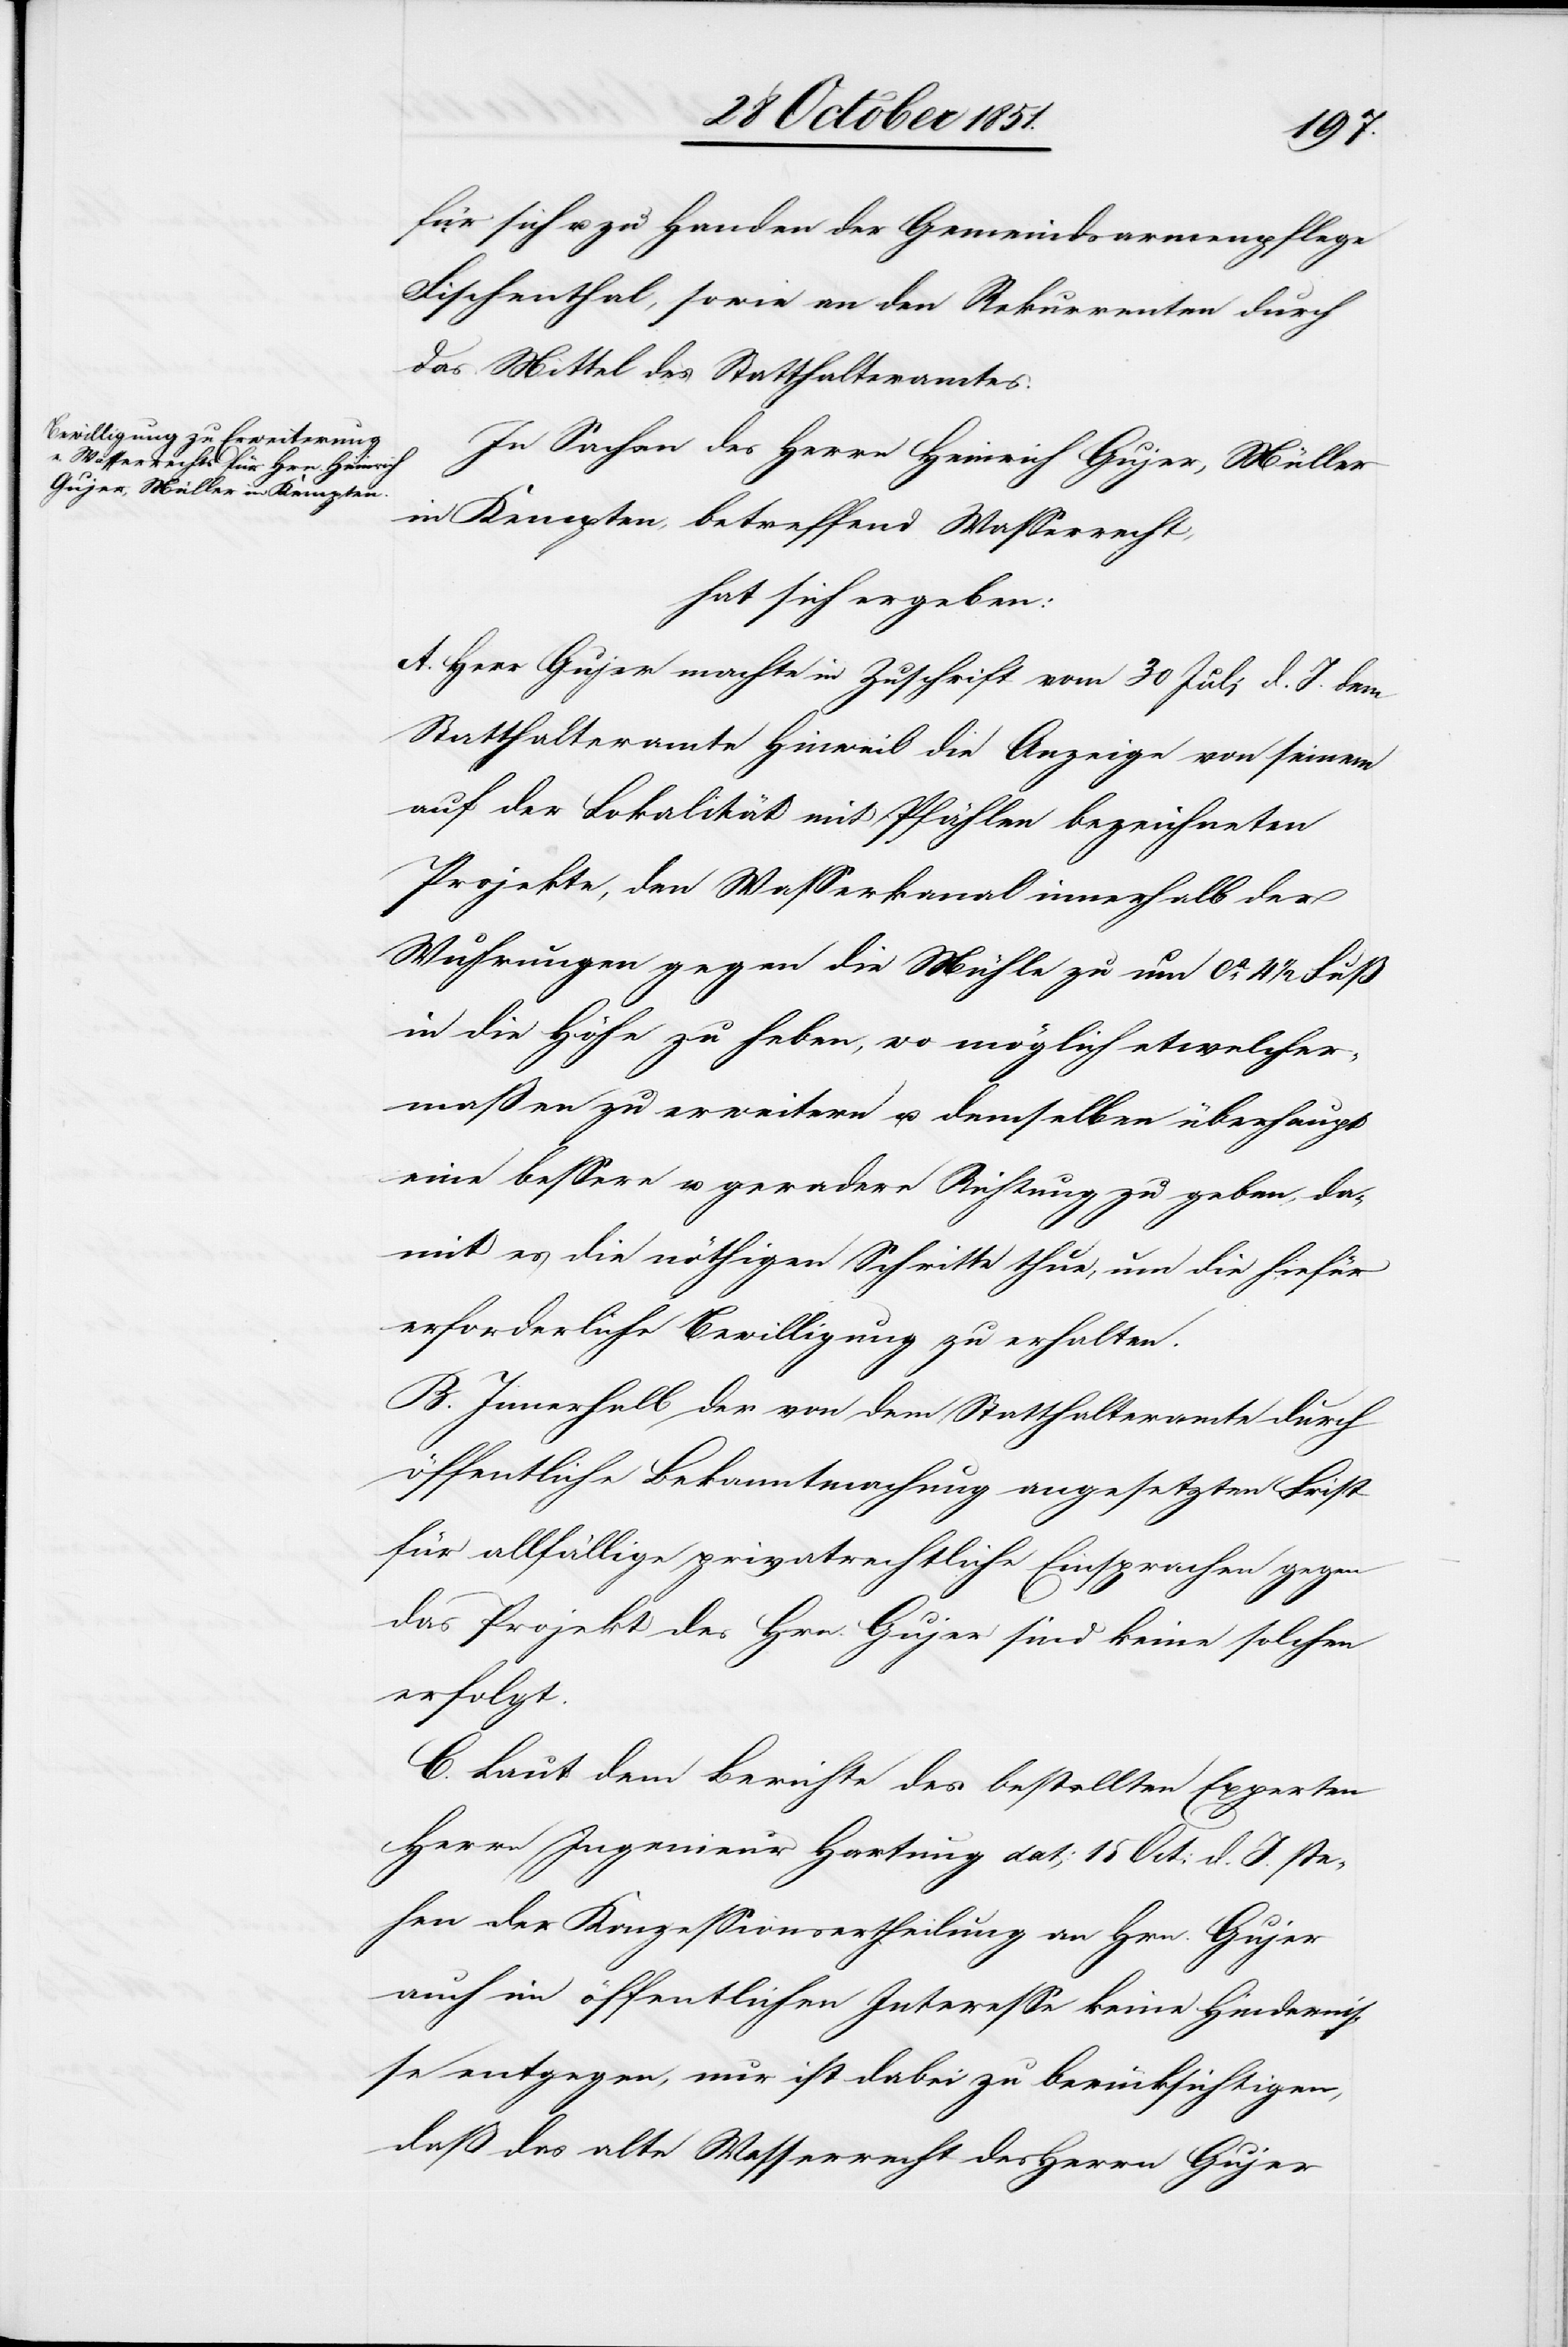
für sich u. zu Handen der Gemeindsarmenpflege
Fischenthal, sowie an den Rekurrenten durch
das Mittel des Statthalteramtes.
In Sachen des Herrn Heinrich Gujer, Müller
in Kempten, betreffend Wasserrecht,
hat sich ergeben:
A. Herr Gujer machte in Zuschrift vom 30 Juli d. J. dem
Statthalteramte Hinweil die Anzeige von seinem
auf der Lokalität mit Pfählen bezeichneten
Projekte, den Wasserkanal innerhalb der
Wuhrungen gegen die Mühle zu um ca. 4 1/2 Fuß
in die Höhe zu heben, wo möglich etwelcher¬
maßen zu erweitern u. demselben überhaupt
eine bessere u. geradere Richtung zu geben, da¬
mit es die nöthigen Schritte thue, um die hiefür
erforderliche Bewilligung zu erhalten.
B. Innerhalb der von dem Statthalteramte durch
öffentliche Bekanntmachung angesetzten Frist
für allfällige privatrechtliche Einsprachen gegen
das Projekt des Hrn. Gujer sind keine solchen
erfolgt.
C. Laut dem Berichte des bestellten Experten
Herrn Ingenieur Hartung dat. 15 Oct: d. J. ste¬
hen der Konzessionsertheilung an Hrn. Gujer
auch im öffentlichen Interesse keine Hindernis¬
se entgegen, nur ist dabei zu berücksichtigen,
daß das alte Wasserrecht des Herrn Gujer